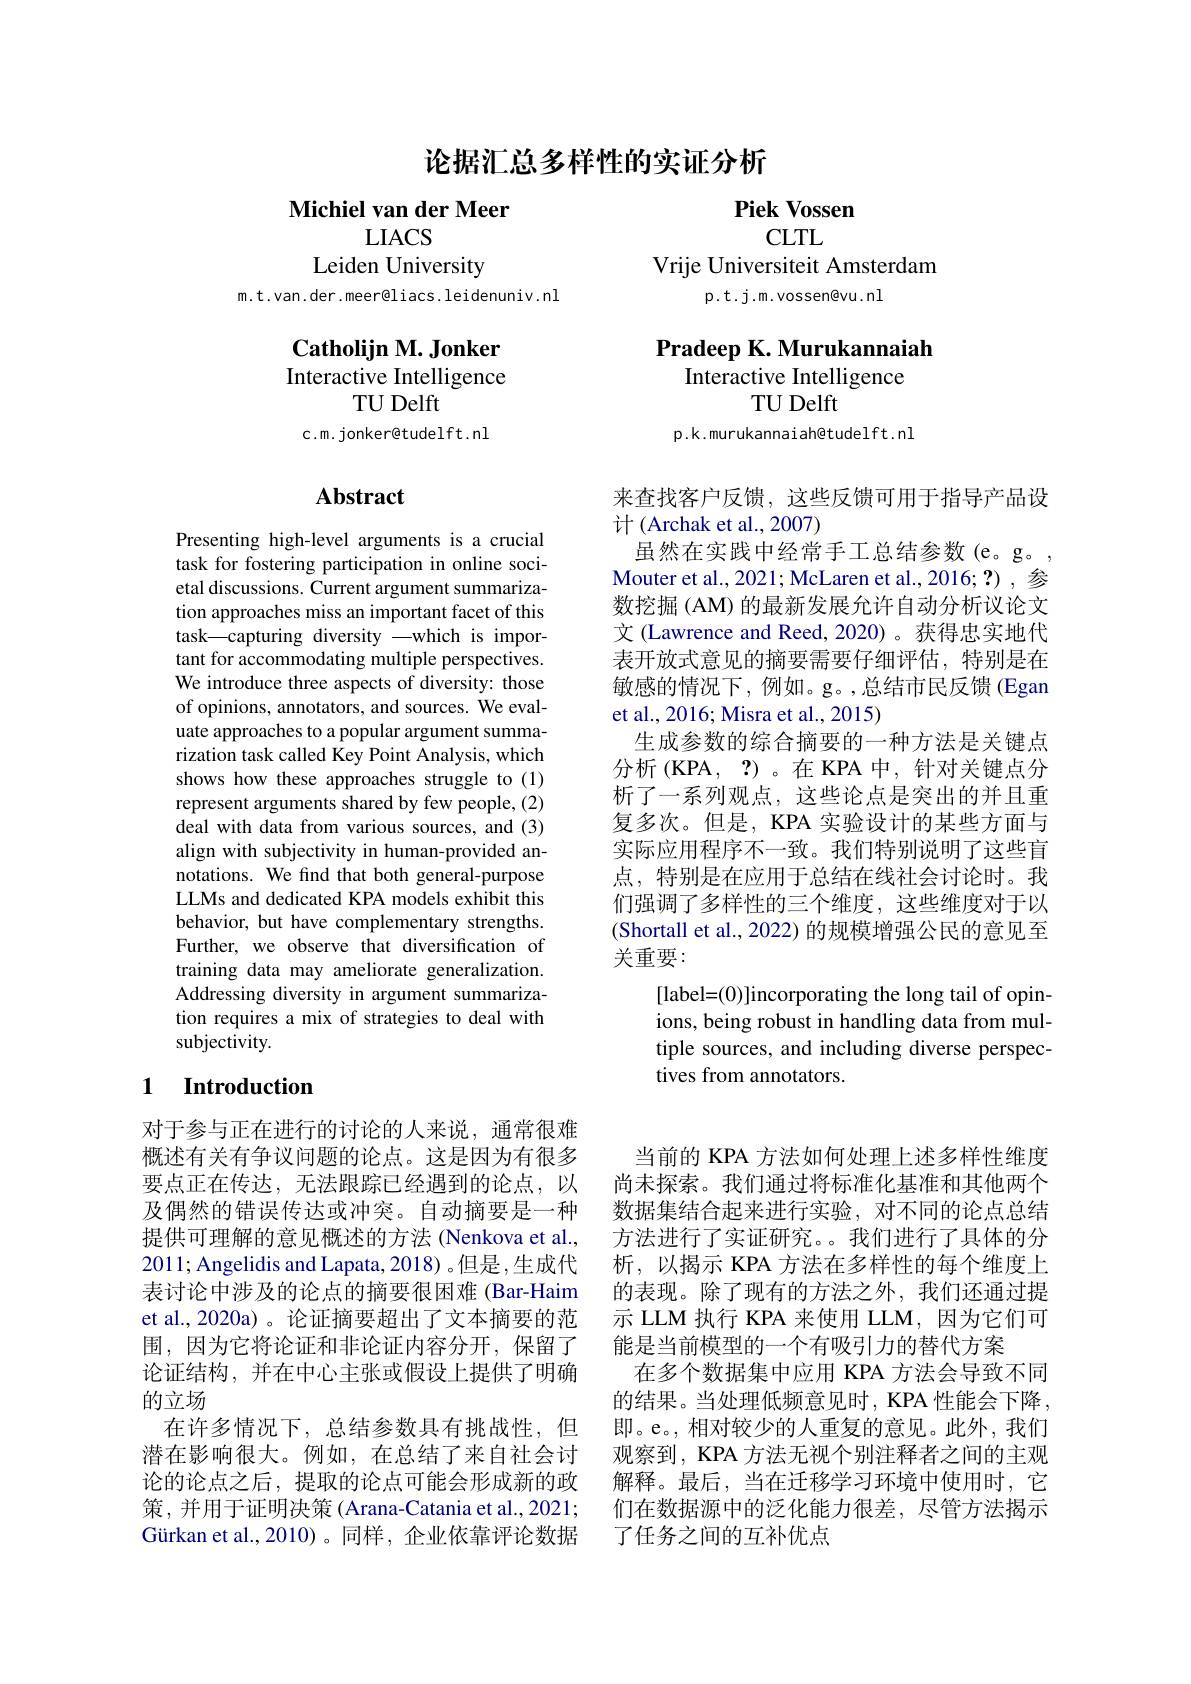
论据汇总多样性的实证分析

Michiel van der Meer

$LIACS$
Leiden University

m.t.van.der.meer@liacs.leidenuniv.nl

## $\textbf{Catholijn M. Jonker}$ Interactive Intelligence TU Delft

c.m. jonker@tudelft.nl

## Abstract

Presenting high-level arguments is a crucial task for fostering participation in online societal discussions. Current argument summarization approaches miss an important facet of this task—capturing diversity —which is important for accommodating multiple perspectives. We introduce three aspects of diversity: those of opinions, annotators, and sources. We evaluate approaches to a popular argument summarization task called Key Point Analysis, which shows how these approaches struggle to (1) represent arguments shared by few people, (2) deal with data from various sources, and (3) align with subjectivity in human-provided annotations. We find that both general-purpose LLMs and dedicated KPA models exhibit this behavior, but have complementary strengths. Further, we observe that diversification of training data may ameliorate generalization. Addressing diversity in argument summarization requires a mix of strategies to deal with subjectivity.

## 1 $\textbf{Introduction}$

对于参与正在进行的讨论的人来说，通常很难概述有关有争议问题的论点。这是因为有很多要点正在传达，无法跟踪已经遇到的论点，以及偶然的错误传达或冲突。自动摘要是一种提供可理解的意见概述的方法 (Nenkova et al., 2011;Angelidis and Lapata, 2018) 。但是，生成代表讨论中涉及的论点的摘要很困难 (Bar-Haim et al.,2020a)。论证摘要超出了文本摘要的范围，因为它将论证和非论证内容分开，保留了论证结构，并在中心主张或假设上提供了明确的立场
在许多情况下，总结参数具有挑战性，但潜在影响很大。例如，在总结了来自社会讨论的论点之后，提取的论点可能会形成新的政策，并用于证明决策 (Arana-Catania et al., 2021; Gürkan et al.,2010)。同样，企业依靠评论数据

Piek Vossen
CLTL
Vrije Universiteit Amsterdam
p.t.j.m.vossen@vu.nl

## Pradeep K. Murukannaiah Interactive Intelligence

TU Delft

p.k.murukannaiah@tudelft.nl

来查找客户反馈，这些反馈可用于指导产品设
计 (Archak et al., 2007)
虽然在实践中经常手工总结参数(e。g。, Mouter et al., 2021; McLaren et al., 2016; ?) , 参数挖掘 (AM) 的最新发展允许自动分析议论文文 (Lawrence and Reed, 2020)。获得忠实地代表开放式意见的摘要需要仔细评估，特别是在敏感的情况下，例如。g。,总结市民反馈 (Egan et al., 2016; Misra et al., 2015)
生成参数的综合摘要的一种方法是关键点分析(KPA,?)。在 KPA 中，针对关键点分析了一系列观点，这些论点是突出的并且重复多次。但是，KPA 实验设计的某些方面与实际应用程序不一致。我们特别说明了这些盲点，特别是在应用于总结在线社会讨论时。我们强调了多样性的三个维度，这些维度对于以(Shortall et al., 2022) 的规模增强公民的意见至关重要：
[label=(0)]incorporating the long tail of opinions, being robust in handling data from multiple sources, and including diverse perspectives from annotators.

当前的 KPA 方法如何处理上述多样性维度尚未探索。我们通过将标准化基准和其他两个数据集结合起来进行实验，对不同的论点总结方法进行了实证研究。。我们进行了具体的分析，以揭示 KPA 方法在多样性的每个维度上的表现。除了现有的方法之外，我们还通过提示 LLM 执行 KPA 来使用 LLM,因为它们可能是当前模型的一个有吸引力的替代方案
在多个数据集中应用 KPA 方法会导致不同的结果。当处理低频意见时，KPA 性能会下降， 即。e。, 相对较少的人重复的意见。此外，我们观察到，KPA 方法无视个别注释者之间的主观解释。最后，当在迁移学习环境中使用时，它们在数据源中的泛化能力很差，尽管方法揭示了任务之间的互补优点